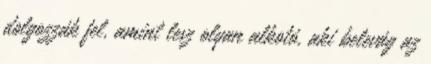
dolgozzák fel, amint lesz olyan alkotó, aki belevág az